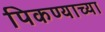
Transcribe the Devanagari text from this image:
पिकण्याच्या